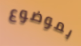
بموضوع